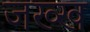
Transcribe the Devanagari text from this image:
जख्ख